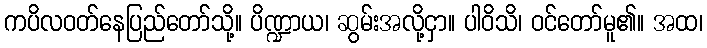
ကပိလဝတ်နေပြည်တော်သို့။ ပိဏ္ဍာယ၊ ဆွမ်းအလို့ငှာ။ ပါဝိသိ၊ ဝင်တော်မူ၏။ အထ၊